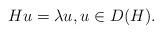
LaTeX: \begin{align*} H u = \lambda u, u \in D(H). \end{align*}